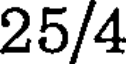
25/4